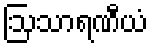
ဩသာရဏီယံ